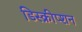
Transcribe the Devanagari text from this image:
डिस्क्रीप्शन